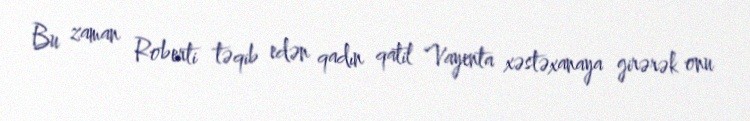
Bu zaman Roberti təqib edən qadın qatil Vayenta xəstəxanaya girərək onu